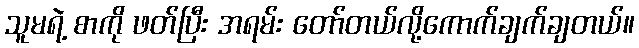
သူမရဲ့ စာကို ဖတ်ပြီး အရမ်း တော်တယ်လို့ကောက်ချက်ချတယ်။